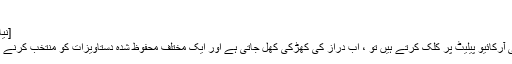
[نیا] نیا آئکن
[نیا] نئی سپلیش اسکرین
[Mod] جب آپ خالی آرکائیو پیلیٹ پر کلک کرتے ہیں تو ، اب دراز کی کھڑکی کھل جاتی ہے اور ایک مختلف محفوظ شدہ دستاویزات کو منتخب کرنے کی اجازت دیتی ہے۔